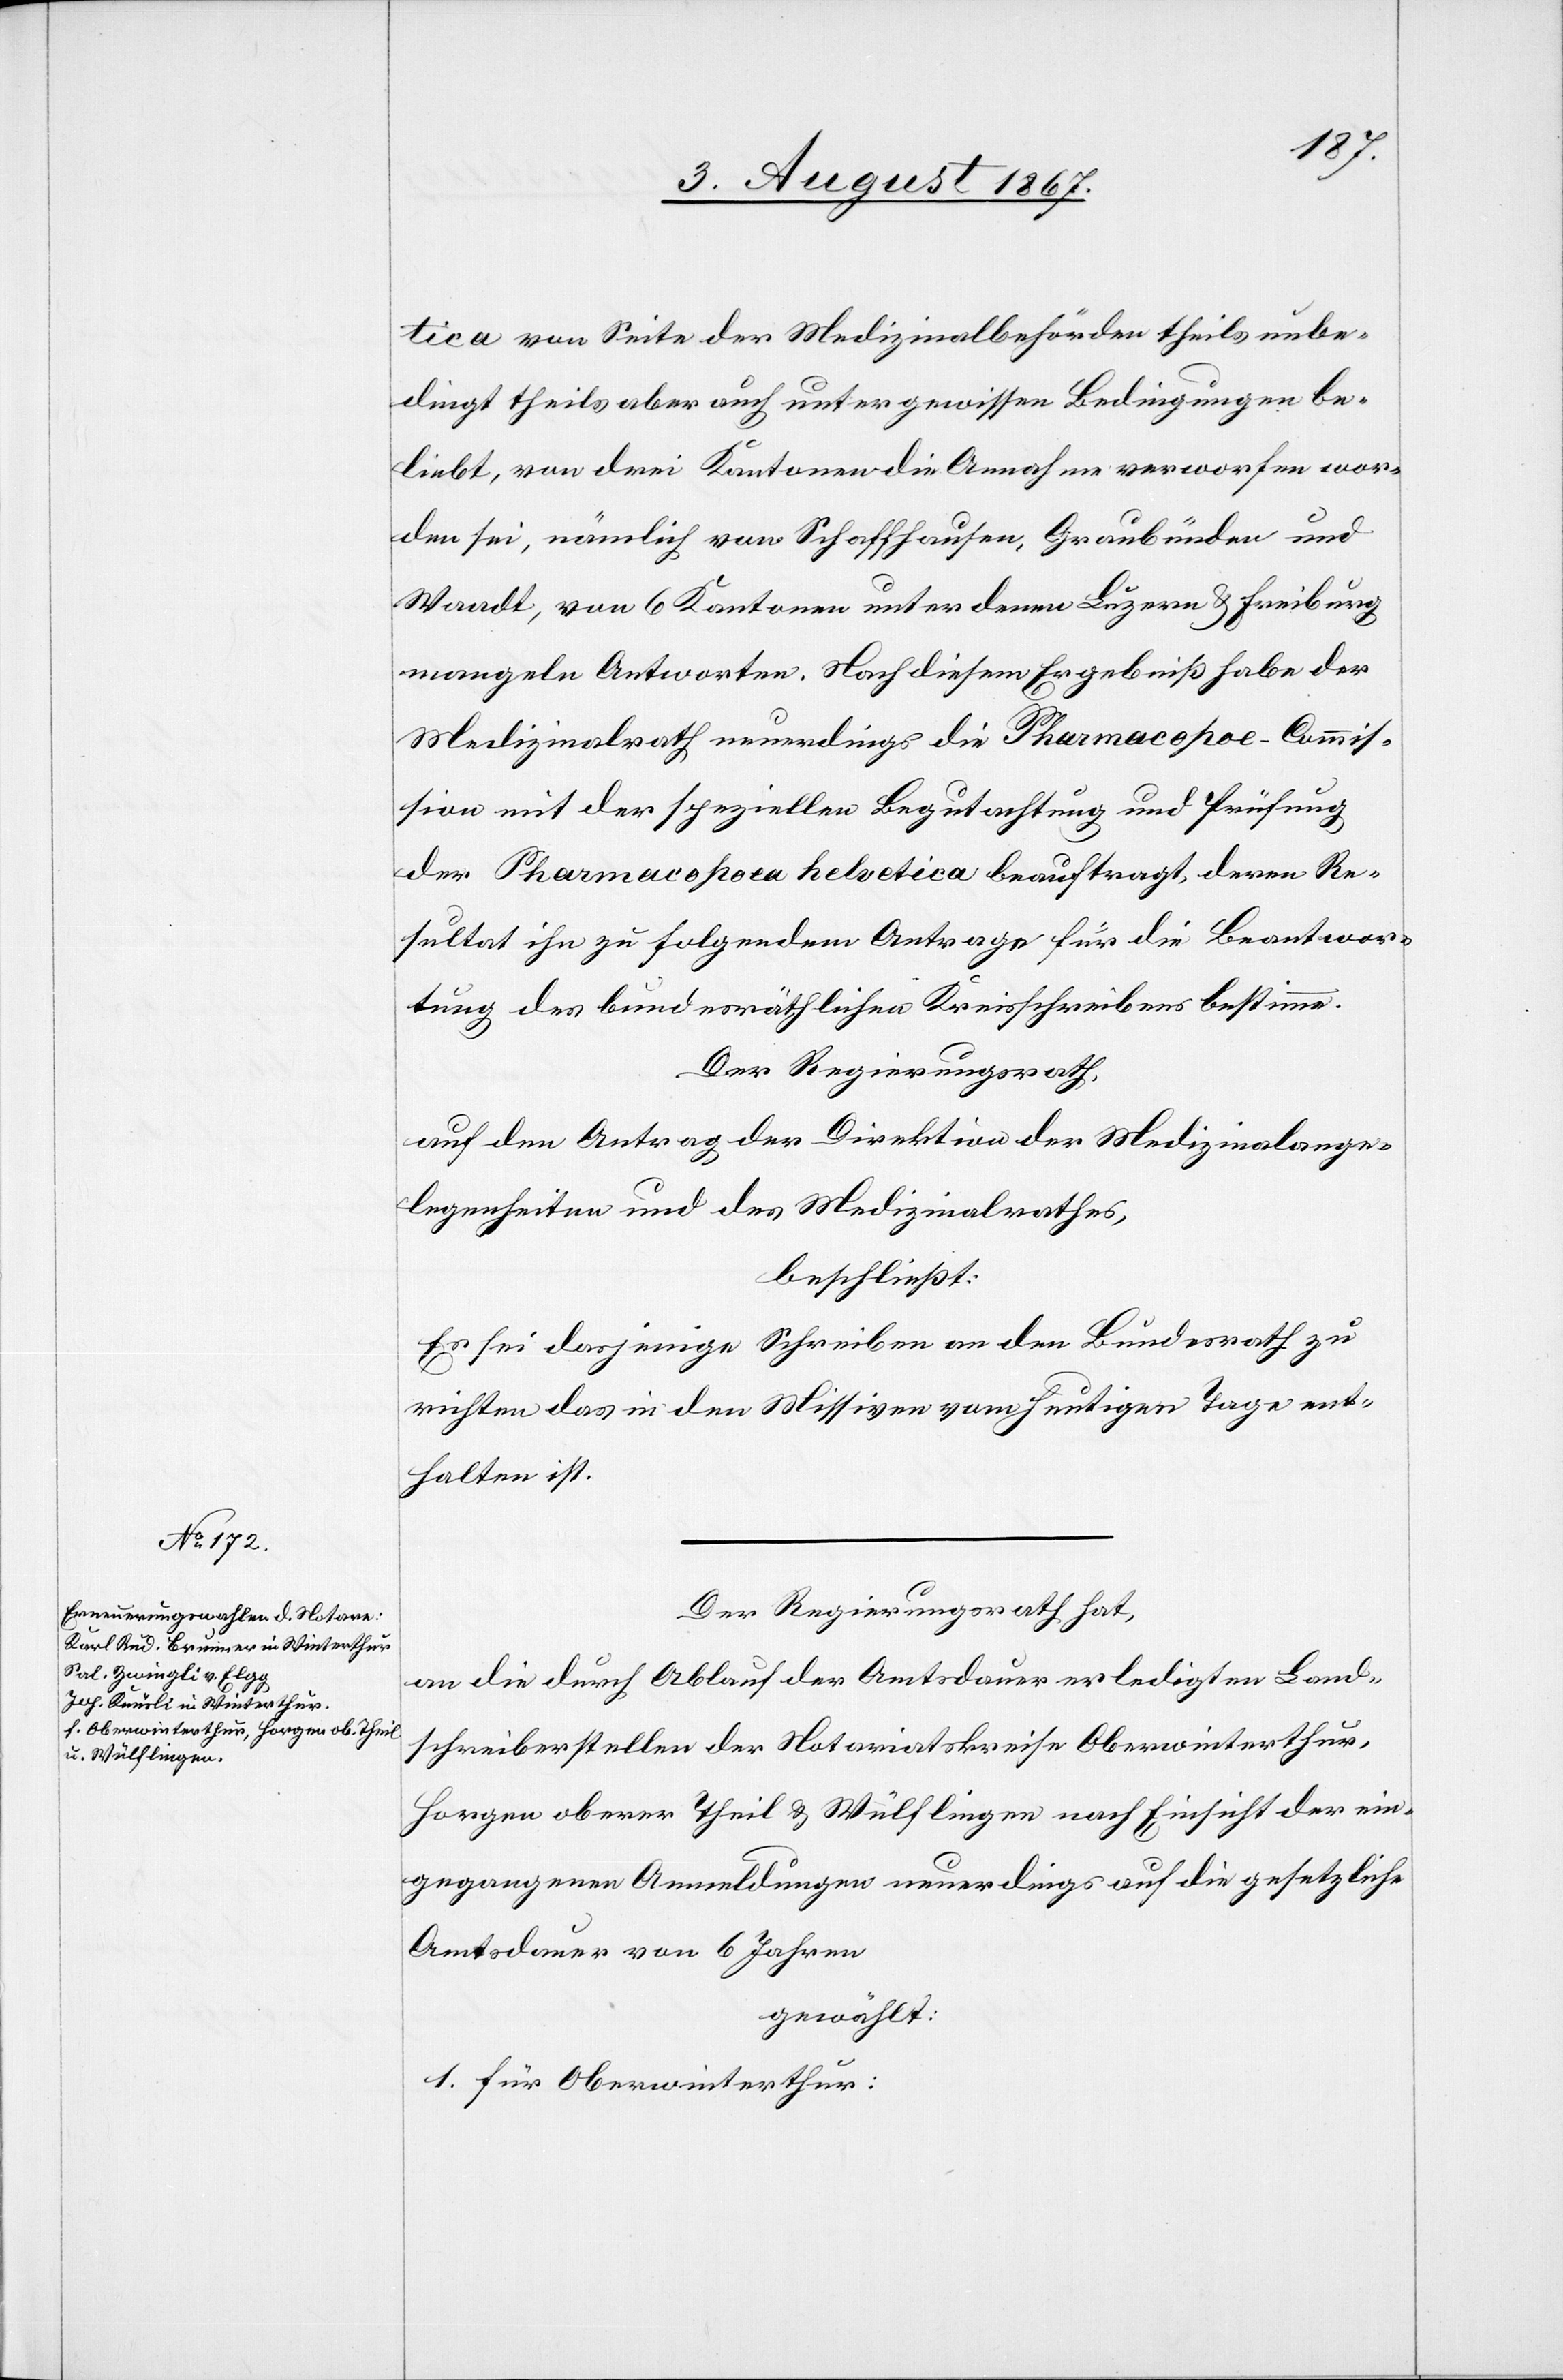
tica von Seite der Medizinalbehörden theils unbe¬
dingt theils aber auch unter gewissen Bedingungen be¬
liebt, von drei Kantonen die Annahme verworfen wor¬
den sei, nämlich von Schaffhausen, Graubünden und
Waadt, von 6 Kantonen unter denen Luzern u. Freiburg
mangeln Antworten. Nach diesem Ergebniß habe der
Medizinalrath neuerdings die Pharmacopoea-Commis¬
sion mit der speziellen Begutachtung und Prüfung
der Pharamcopoea helvetica beauftragt, deren Re¬
sultat ihn zu folgendem Antrage für die Beantwor¬
tung des bundesräthlichen Kreisschreibens bestimme.
Der Regierungsrath,
auf den Antrag der Direktion Medizinalange¬
legenheiten und des Medizinalrathes,
beschließt:
Es sei dasjenige Schreiben an den Bundesrath zu
richten, das in den Missiven vom heutigen Tage ent¬
halten ist.
Der Regierungsrath hat,
an die durch Ablauf der Amtsdauer erledigte Land¬
schreiberstellen der Notariatskreise Oberwinterthur,
Horgen oberer Theil u. Wülflingen nach Einsicht der ein¬
gezogenen Anmeldungen neuerdings auf die gesetzliche
Amtsdauer von 6 Jahren
gewählt:
1. für Oberwinterthur: